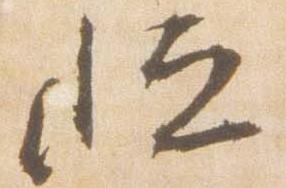
恒